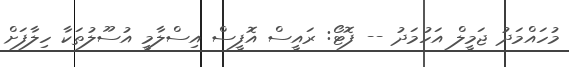
މުހައްމަދު ޖަމީލް އަހުމަދު -- ފޮޓޯ: ރައީސް އޮފީސް އިސްލާމީ އުސޫލުތަކާ ހިލާފަށް